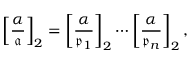
\left[ { \frac { \alpha } { \mathfrak { a } } } \right] _ { 2 } = \left[ { \frac { \alpha } { { \mathfrak { p } } _ { 1 } } } \right] _ { 2 } \cdots \left[ { \frac { \alpha } { { \mathfrak { p } } _ { n } } } \right] _ { 2 } ,